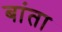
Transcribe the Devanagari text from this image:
बांता